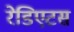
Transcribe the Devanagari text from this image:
रेडिएटस